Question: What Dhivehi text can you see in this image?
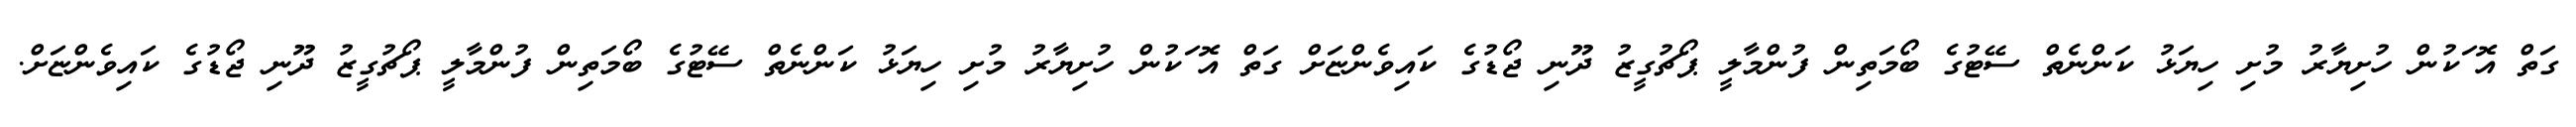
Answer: ގަތް އޮޱަކުން ހުށިޔާރު މުށި ހިޔަޅު ކަންނެތް ސޭޓުގެ ބޯމަތިން ފުންމާލީ ޕޯޗުގީޒު ދޫނި ޖޯޑުގެ ކައިވެންޏަށް ގަތް އޮޱަކުން ހުށިޔާރު މުށި ހިޔަޅު ކަންނެތް ސޭޓުގެ ބޯމަތިން ފުންމާލީ ޕޯޗުގީޒު ދޫނި ޖޯޑުގެ ކައިވެންޏަށް.